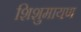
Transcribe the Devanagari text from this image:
शिशुमायण